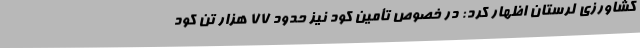
کشاورزی لرستان اظهار کرد: در خصوص تأمین کود نیز حدود 77 هزار تن کود